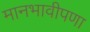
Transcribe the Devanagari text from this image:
मानभावीपणा